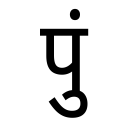
OCR:
पुं